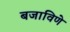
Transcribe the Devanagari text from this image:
बजाविणे